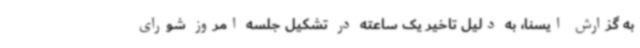
به گزارش ایسنا، به دلیل تاخیر یک ساعته در تشکیل جلسه امروز شورای